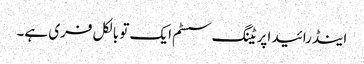
اینڈرائید اپریٹنگ سسٹم ایک تو بالکل فری ہے۔